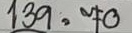
139 = 70